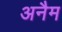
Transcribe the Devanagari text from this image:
अनैम